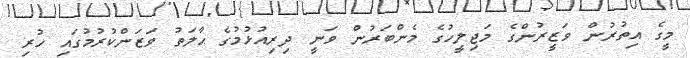
މީގެ އިތުރުން ވަޒީރުންގެ މަޖިލީހުގެ މެންބަރުން ވަނީ ދިރިއުޅުމުގެ ޙާލަތު ވަޒަންކުރުމުގައި ހުރި